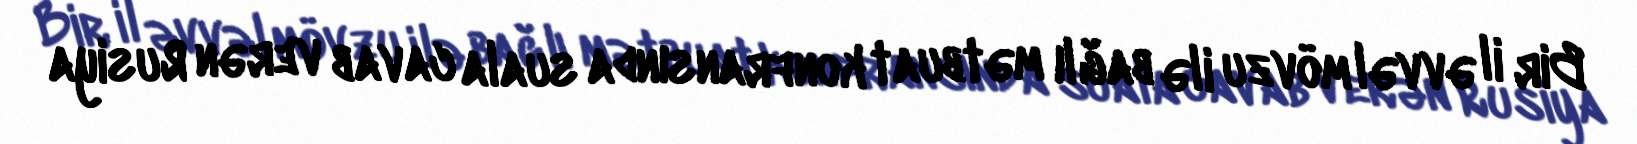
Bir il əvvəl mövzu ilə bağlı mətbuat konfransında suala cavab verən Rusiya